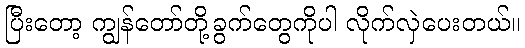
ပြီးတော့ ကျွန်တော်တို့ခွက်တွေကိုပါ လိုက်လှဲပေးတယ်။